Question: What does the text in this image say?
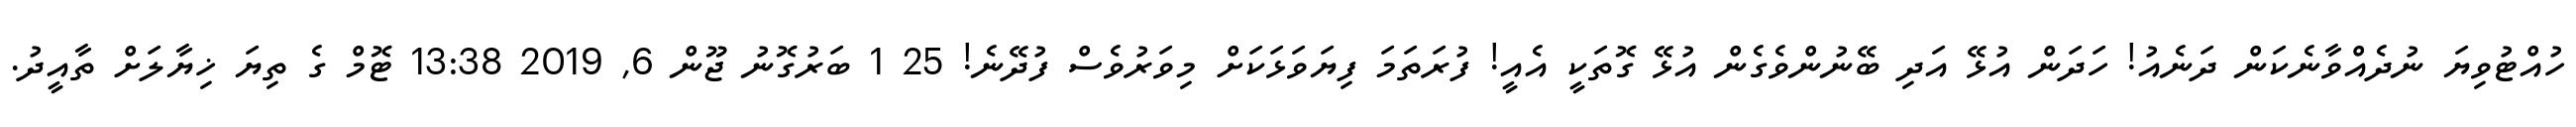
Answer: ހުއްޓުވިޔަ ނުދެއްވާނެކަން ދަނެއު! ހަދަން އުޅޭ އަދި ބޭނުންވެގެން އުޅޭ ގޮތަކީ އެއީ! ފުރަތަމަ ފިޔަވަޅަކަށް މިވަރުވެސް ފުދޭނެ! 25 1 ބަރުގޮނު ޖޫން 6, 2019 13:38 ޓޮމް ގެ ތިޔަ ޚިޔާލަށް ތާއީދު.